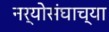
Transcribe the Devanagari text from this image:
नर्योसंघाच्या